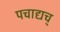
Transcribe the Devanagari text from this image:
पचाद्यच्